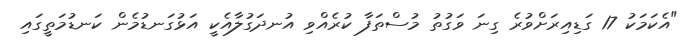
"އެކަމަކު 17 ގަޑިއިރަށްވުރެ ގިނަ ވަގުތު މުސްތަފާ ކުރެއްވި އުނދަގުލާއެކީ އަޅުގަނޑުމެން ކަނޑުމަތީގައި